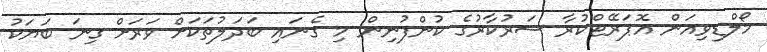
މޯލްޑިވިއަން އޮޕަރޭޓްކުރާ ސަރުކާރުގެ ކުންފުނިން މި ގެނައި ބަދަލުތަކަށް ވަރަށް ގިނަ ބަޔަކު